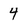
Character: 4